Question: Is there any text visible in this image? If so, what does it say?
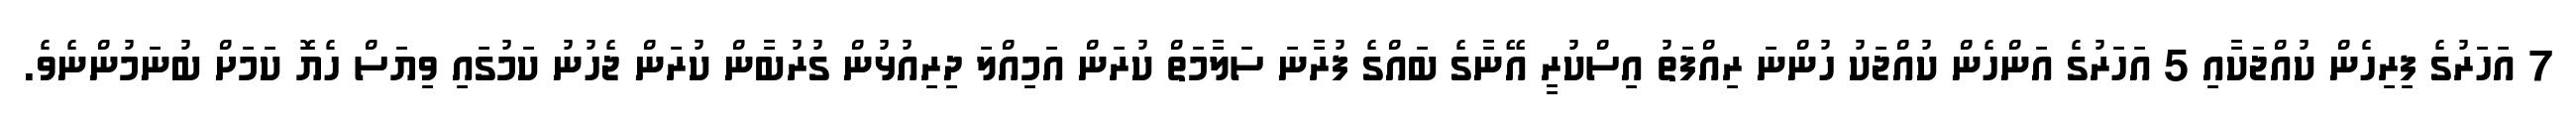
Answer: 7 އަހަރުގެ ފިރިހެން ކުއްޖަކާއި 5 އަހަރުގެ އަންހެން ކުއްޖަކު ހުންނަ ރިއްފަތު އިސްކުރީ އޭނާގެ ބައްގެ ފުރާނަ ސަލާމަތް ކުރަން އަމިއްލަ ދިރިއުޅުން ގުރުބާން ކުރަން ޖެހުނު ކަމުގައި ވިޔަސް ހެޔޮ ކަމަށް ބުނަމުންނެވެ.